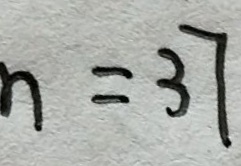
n = 3 7